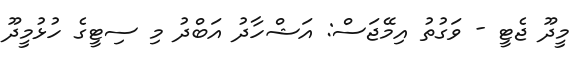
މީދޫ ޖެޓީ - ވަގުތު އިމޭޖަސް: އަޝްހާދު އަބްދު މި ސިޓީގެ ހުޅުމީދޫ